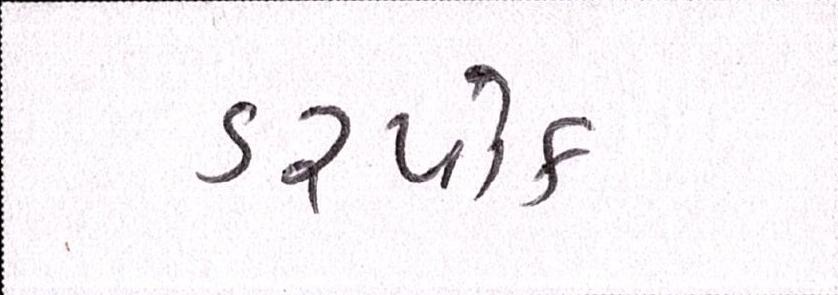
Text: ડરપોક